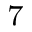
^ { 7 }